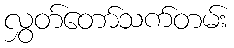
လွှတ်တော်သက်တမ်း